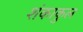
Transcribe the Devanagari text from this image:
शंकाकुल